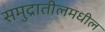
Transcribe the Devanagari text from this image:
समुद्रातीलमधील